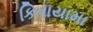
કિતાયામા